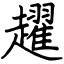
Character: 趯